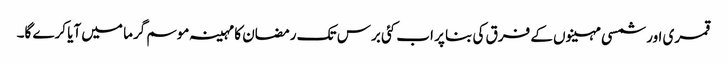
قمری اور شمسی مہینوں کے فرق کی بنا پر اب کئی برس تک رمضان کا مہینہ موسم گرما میں آیا کرے گا۔